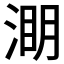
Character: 𭱑